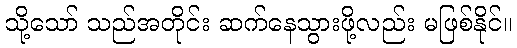
သို့သော် သည်အတိုင်း ဆက်နေသွားဖို့လည်း မဖြစ်နိုင်။